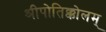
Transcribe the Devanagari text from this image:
श्रीपोतिक्कोलम्